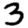
Digit: 3